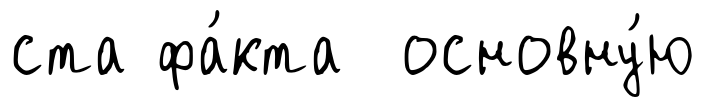
ста фа́кта основну́ю